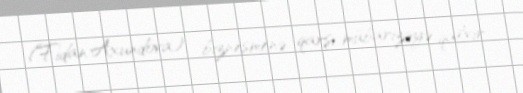
(Fidan Axundova) biznesmenə qarşı mübarizəyə qalxır.